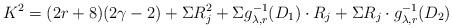
LaTeX: \begin{align*} K^2 = (2r+8)(2 \gamma-2)+\Sigma R_j^2 + \Sigma g_{\lambda, r}^{-1}(D_1)\cdot R_j + \Sigma R_j \cdot g_{\lambda, r}^{-1}(D_2)\end{align*}